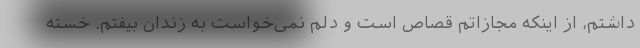
داشتم، از اینکه مجازاتم قصاص است و دلم نمی‌خواست به زندان بیفتم. خسته